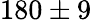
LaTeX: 180\pm 9